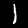
Digit: 1